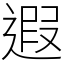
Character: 遐